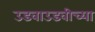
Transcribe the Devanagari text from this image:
उडवाउडवीच्या